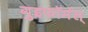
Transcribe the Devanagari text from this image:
गुइफॉर्मस्